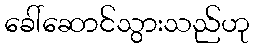
ခေါ်ဆောင်သွားသည်ဟု